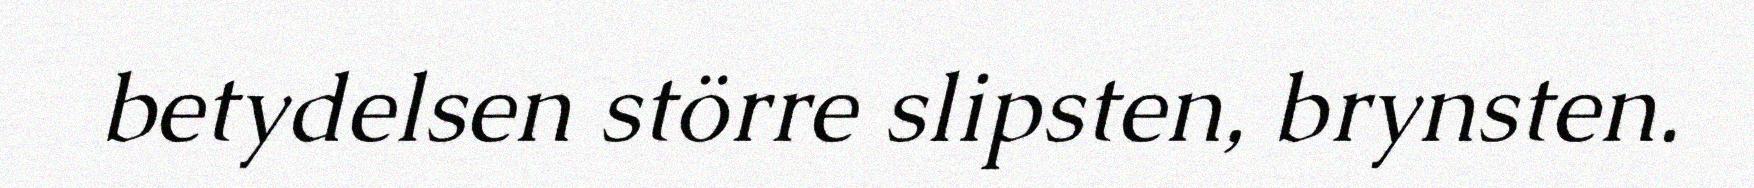
betydelsen större slipsten, brynsten.